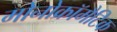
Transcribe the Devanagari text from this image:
मोनोक्रॉमैटिक